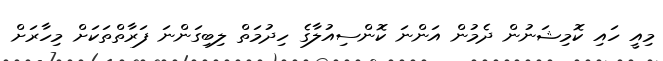
މިއީ ހައި ކޮމިޝަނުން ދެމުން އަންނަ ކޮންސިއުލާގެ ހިދުމަތް ލިބިގަންނަ ފަރާތްތަކަށް މިހާރަށް